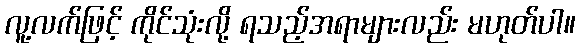
လူ့လက်ဖြင့် ကိုင်သုံးလို့ ရသည့်အရာများလည်း မဟုတ်ပါ။